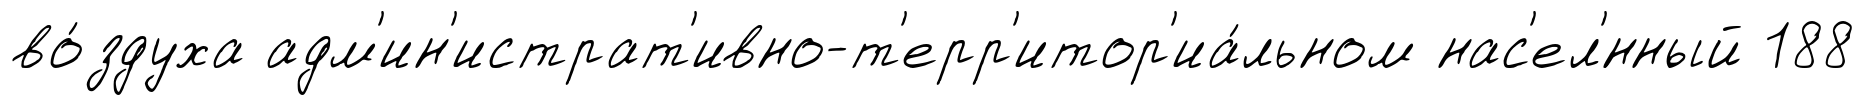
во́здуха адм'ин'истрат'ивно-т'ерр'итор'иа́льном нас'ел'́нный 188